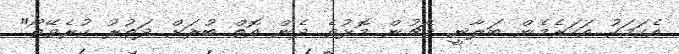
އެކަމަކު އަހަރެމެން ބަލާނީ މެޗުން މޮޅުވެ ދެން އޮތް ބުރަށް ދަތުރު ކުރެވޭތޯ"